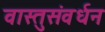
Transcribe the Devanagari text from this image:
वास्तुसंवर्धन